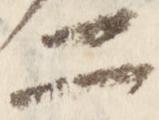
二